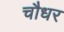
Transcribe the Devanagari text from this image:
चौधर